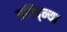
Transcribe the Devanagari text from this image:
प्रतिद्न्या